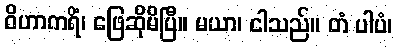
ဝိဟာကရိံ၊ ဖြေဆိုမိပြီ။ မယာ၊ ငါသည်။ တံ ပါပံ၊